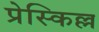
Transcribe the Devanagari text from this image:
प्रेस्किल्ल